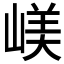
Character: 嵄